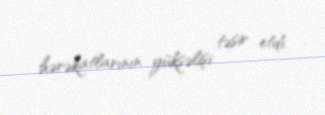
hərəkatlarının yüksəlişi təsir etdi.